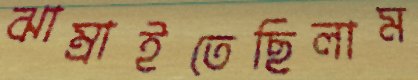
ঝাম্‌রাইতেছিলাম